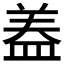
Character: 𭾂